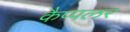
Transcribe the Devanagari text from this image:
कैप्पलर